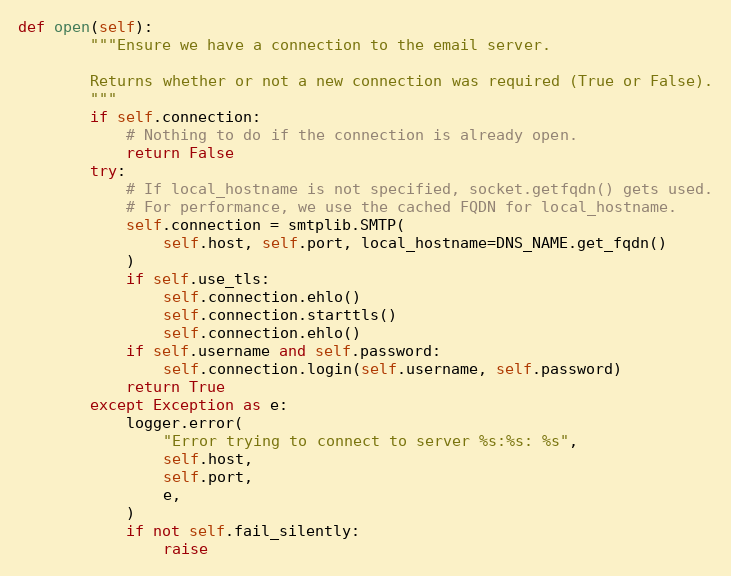
Language: Python
def open(self):
        """Ensure we have a connection to the email server.

        Returns whether or not a new connection was required (True or False).
        """
        if self.connection:
            # Nothing to do if the connection is already open.
            return False
        try:
            # If local_hostname is not specified, socket.getfqdn() gets used.
            # For performance, we use the cached FQDN for local_hostname.
            self.connection = smtplib.SMTP(
                self.host, self.port, local_hostname=DNS_NAME.get_fqdn()
            )
            if self.use_tls:
                self.connection.ehlo()
                self.connection.starttls()
                self.connection.ehlo()
            if self.username and self.password:
                self.connection.login(self.username, self.password)
            return True
        except Exception as e:
            logger.error(
                "Error trying to connect to server %s:%s: %s",
                self.host,
                self.port,
                e,
            )
            if not self.fail_silently:
                raise